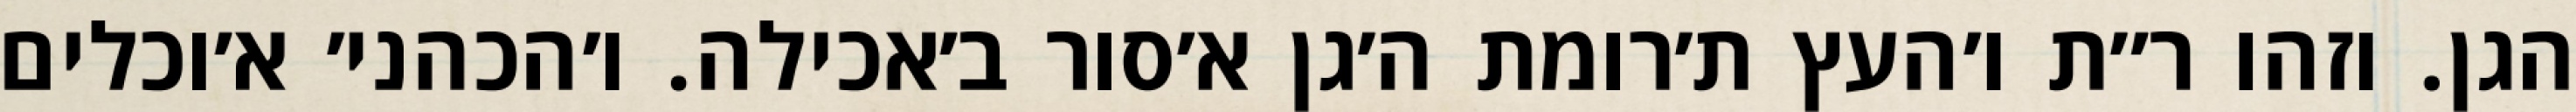
הגן. וזהו ר״ת ו׳העץ ת׳רומת ה׳גן א׳סור ב׳אכילה. ו׳הכהני׳ א׳וכלים